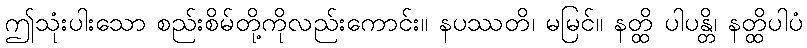
ဤသုံးပါးသော စည်းစိမ်တို့ကိုလည်းကောင်း။ နပဿတိ၊ မမြင်။ နတ္ထိ ပါပန္တိ၊ နတ္ထိပါပံ